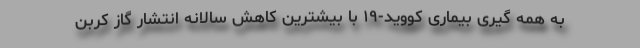
به همه گیری بیماری کووید-۱۹ با بیشترین کاهش سالانه انتشار گاز کربن